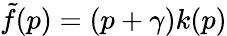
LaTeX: \tilde{f}(p)=(p+\gamma)k(p)